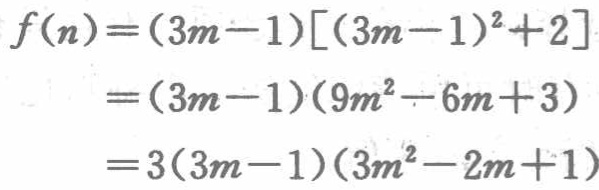
\[
\begin{align*}
f(n)&=(3m - 1)[(3m - 1)^2+2]\\
&=(3m - 1)(9m^2-6m + 3)\\
&=3(3m - 1)(3m^2-2m + 1)
\end{align*}
\]